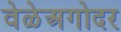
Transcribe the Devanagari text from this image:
वेळेअगोदर